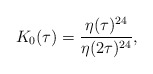
\begin{align*} K_0(\tau) = \frac{\eta(\tau)^{24}}{\eta(2\tau)^{24}},\end{align*}